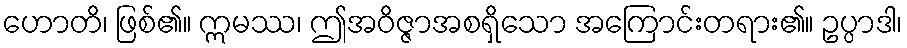
ဟောတိ၊ ဖြစ်၏။ ဣမဿ၊ ဤအဝိဇ္ဇာအစရှိသော အကြောင်းတရား၏။ ဥပ္ပာဒါ၊